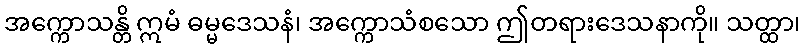
အက္ကောသန္တိ ဣမံ ဓမ္မဒေသနံ၊ အက္ကောသံစသော ဤတရားဒေသနာကို။ သတ္ထာ၊